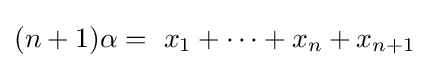
(n+1)\alpha =\ x_{1}+\cdots +x_{n}+x_{n+1}